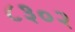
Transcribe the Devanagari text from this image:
८३०२